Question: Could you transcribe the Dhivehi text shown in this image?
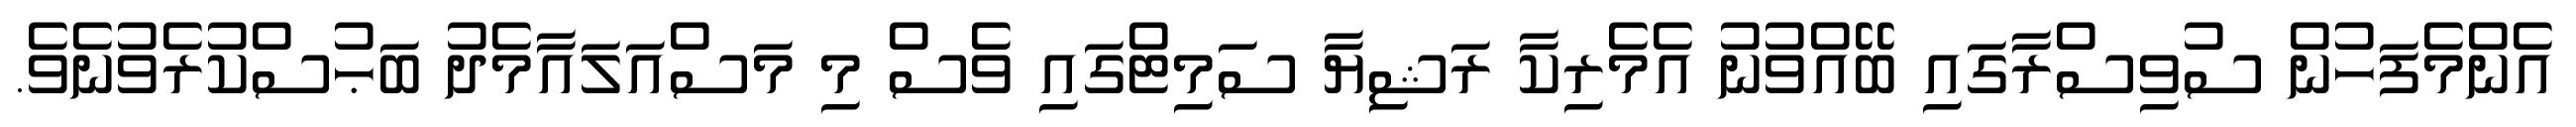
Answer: އެންމެފަހުން ސުވިސްރާގައި ބޭއްވުނު އެމެރިކާ ރަޝިޔާ ސަމިޓްގައި ވެސް މި މަސްއަލައާމެދު ބަޙުސްކުރެވުނެވެ.